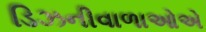
ડિઝનીવાળાઓએ